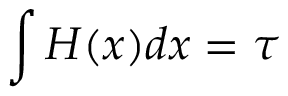
\int H ( x ) d x = \tau